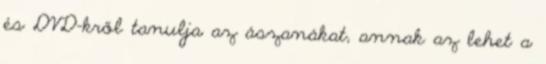
és DVD-kről tanulja az ászanákat, annak az lehet a